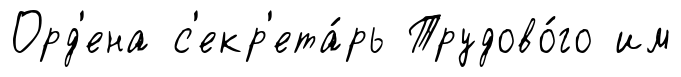
Орд'ена с'екр'ета́рь Трудово́го им